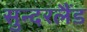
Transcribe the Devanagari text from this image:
सुन्दरलैंड